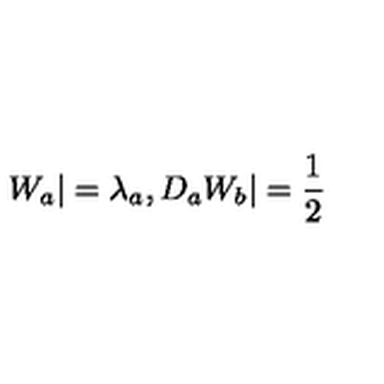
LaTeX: W _ { a } | = \lambda _ { a } , D _ { a } W _ { b } | = \frac { 1 } { 2 }